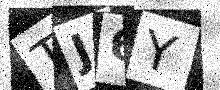
Text: TJ6Y